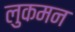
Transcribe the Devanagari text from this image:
लुकमन